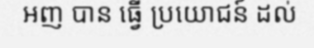
អញ បាន ធ្វើ ប្រយោជន៍ ដល់